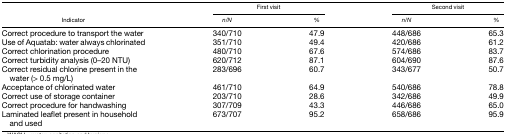
| <ROWSPAN=2> Indicator | <COLSPAN=2> First visit | <COLSPAN=2> Second visit |
 | n/N | % | n/N | % |
 | --- | --- | --- | --- | --- |
 | Correct procedure to transport the water | 340/710 | 47.9 | 448/686 | 65.3 |
 | Use of Aquatab: water always chlorinated | 351/710 | 49.4 | 420/686 | 61.2 |
 | Correct chlorination procedure | 480/710 | 67.6 | 574/686 | 83.7 |
 | Correct turbidity analysis (0–20 NTU) | 620/712 | 87.1 | 604/690 | 87.6 |
 | Correct residual chlorine present in the water (> 0.5 mg/L) | 283/696 | 60.7 | 343/677 | 50.7 |
 | Acceptance of chlorinated water | 461/710 | 64.9 | 540/686 | 78.8 |
 | Correct use of storage container | 203/710 | 28.6 | 342/686 | 49.9 |
 | Correct procedure for handwashing | 307/709 | 43.3 | 446/686 | 65.0 |
 | Laminated leaflet present in household and used | 673/707 | 95.2 | 658/686 | 95.9 |